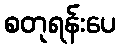
စတုရန်းပေ